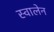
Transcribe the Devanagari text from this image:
स्वालेन